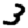
Digit: 3